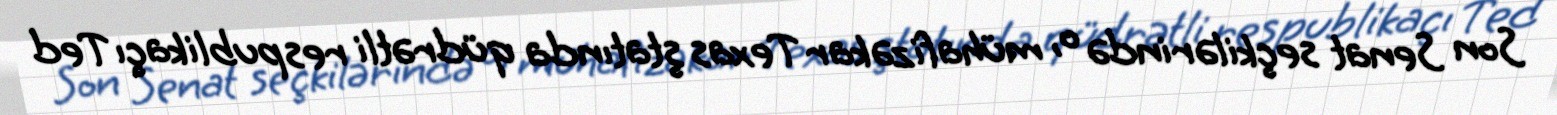
Son Senat seçkilərində o, mühafizəkar Texas ştatında qüdrətli respublikaçı Ted